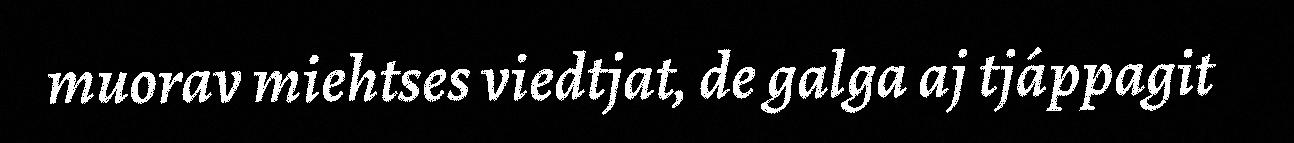
muorav miehtses viedtjat, de galga aj tjáppagit